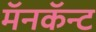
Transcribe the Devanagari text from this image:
मॅनकॅन्ट